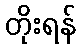
တိုးရန်